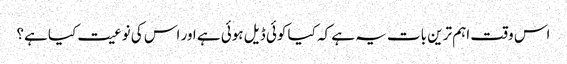
اس وقت اہم ترین بات یہ ہے کہ کیا کوئی ڈیل ہوئی ہے اور اس کی نوعیت کیا ہے؟